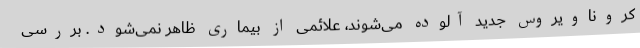
کروناویروس جدید آلوده می‌شوند، علائمی از بیماری ظاهر نمی‌شود. بررسی